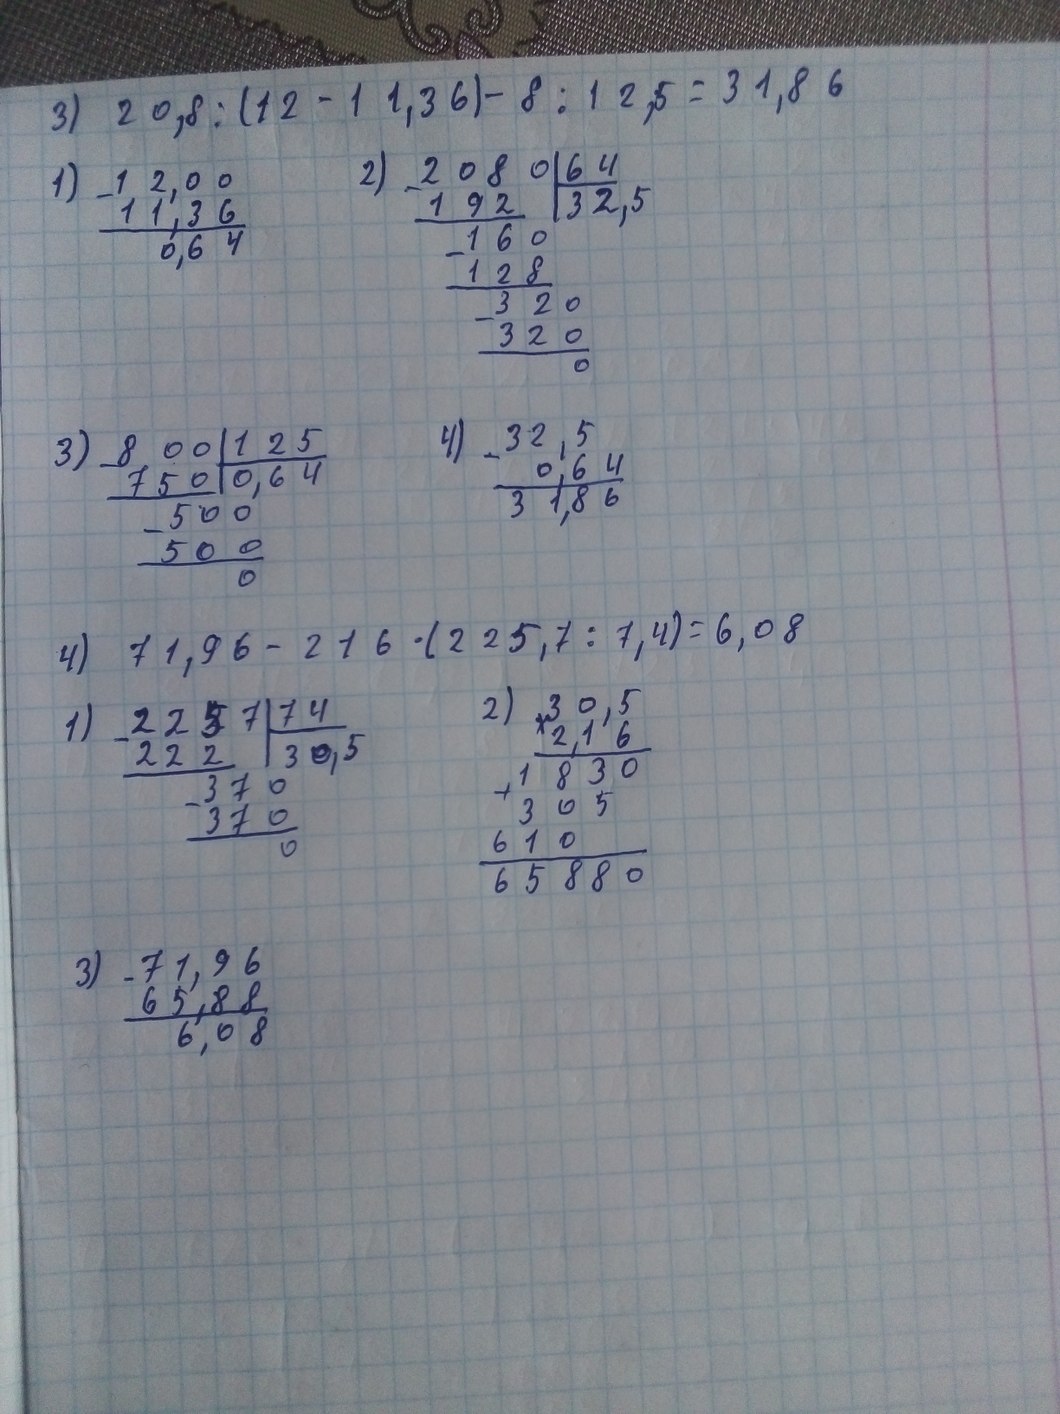
3) 20,8 / (12 - 11,36) - 8 / 12,5 = 31,86
2)
2080 | 64
192 | 32,5
160
128
320
320
0
12,00
11,36
0,64
1)
4)
32,5
0,64
31,86
800 | 125
750 | 0,64
500
5000
3)
4) 71,96 - 216 * (225,7 / 7,4) = 6,08
2)
2257 | 74
222 | 30,5
370
370
0
30,5
2,16
1830
305
610
65880
1)
71,96
65,88
6,08
3)